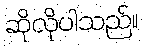
ဆိုလိုပါသည်။